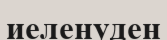
иеленуден